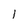
Character: 1